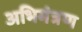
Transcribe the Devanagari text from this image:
अभिमंत्रण